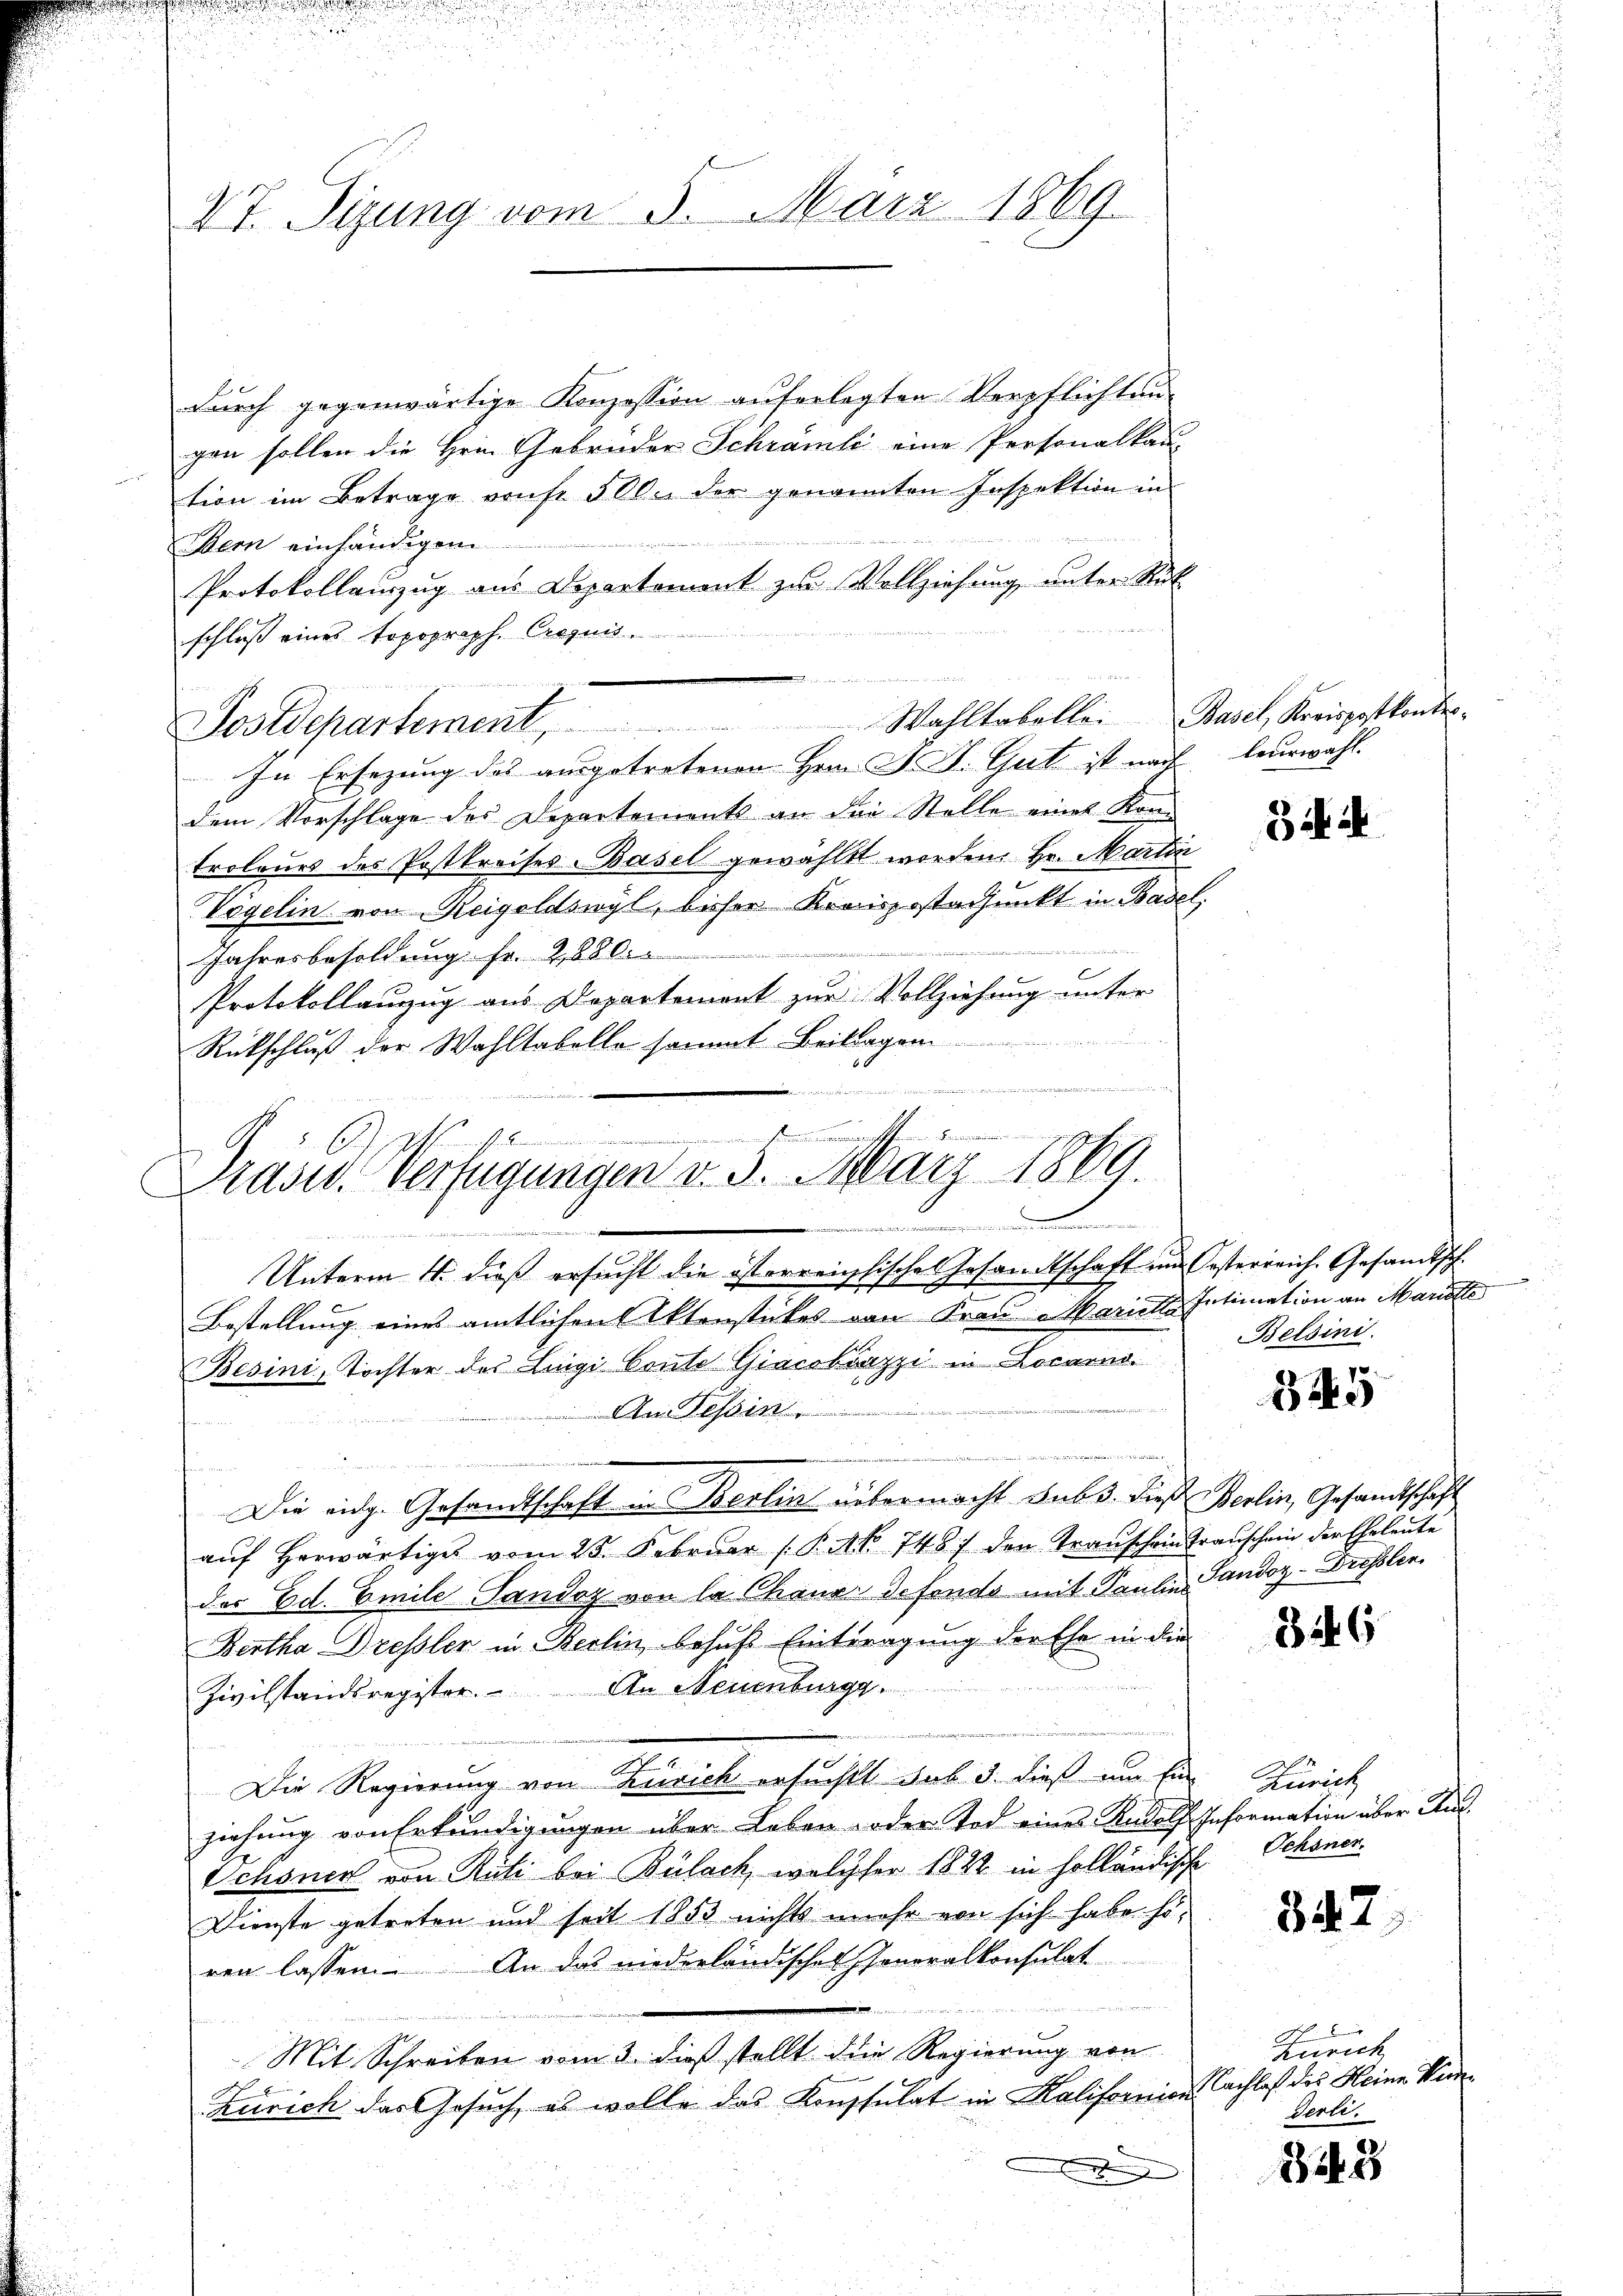
47. Sizung vom 5. März 1869.

durch gegenwärtige Konzession auferlegten Verpflichtungen sollen die Hrn. Gebrüder Schrämli eine Personalkau-
tion im Betrage vonse 500. der genannten Inspektion in
Bern einhändigen
Protokollauszug aus Departement zur Vollziehung unter Rük
schluß eines topoproph. Crequis.
In Ersezung des ausgetretenen Hern F. J. Gut ist nach leurwahl.
dem Vorschlage des Departements an die Stelle eines Kon-
troleurs des Postkreises-Basel gewählt worden. Hr. Martin
Vögelin von Reigoldswyl, bisser Kraispostadjunkt in Basel,
Jahresbesoldung sr. Zeilen
Protokollauzug aus Departement zur Vollziehung unter
Rückschluß der Wohltabelle sammt Beitragen
e
Bestellung eines amtlichen Aktenstückes von Frau Mariette Intimation an Mariste
Besini, Tochter des Lingi Conte Giacobuzzi in Locarno.
ai Tessin
fond ein

u
t
Die eidg. Gesandtschaft in Berlin übermacht sub. Dieß Berlin, Gesandtschaft
aŭf herwärtiges vom 25. Februar (P. Nr. 748) den Transchein Transchein der Eheleŭte
des Ed. Emile Sandoz von la Chauer defends mit Paulin, Landoz - Dresslin
Bertha Dressler in Berlin behuf Eintragung der Ehe in die
Zivilstandsregister. An Neuenburgg
Die Regierung von Zürich ersuchtt das 3. dieß um Ein Zürich
ziehung von Erkundigungen über Leben oder Tod eines Rudolf. Information über Aus¬
Schönen von Rüti bei Bülach, welcher 1822 in holländische Schonor
Dienste getreten und seit 1853 nichts mehr von sich habe si
ren lassen. An das niederländisches Honoralkonsulat
limannis in seien er ein mein von einigen
Mit Schreiben vom 3. dieß stellt die Regierung von
Zürich das Gesuch, es wolle das Konsulat in Kalifornicus Sachlaß des Heine Ver¬

Prasw. Verfügungen v. 5. März 1889
r
ancemen
.
Unterm 4. dieß ersucht die österreichsische Gesandtschaft in Oesterreich. Gesandtsch

.
.
Postdepartement. Wahltabelle Basel, Kreispatkonte

Bi

Belsini.

845

B 46

342.

Zürich
derli.

343